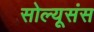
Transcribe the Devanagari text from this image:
सोल्यूसंस